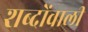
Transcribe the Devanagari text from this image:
शब्दोंवाली